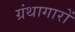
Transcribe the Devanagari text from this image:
ग्रंथागारों